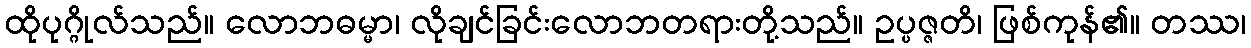
ထိုပုဂ္ဂိုလ်သည်။ လောဘဓမ္မာ၊ လိုချင်ခြင်းလောဘတရားတို့သည်။ ဥပ္ပဇ္ဇတိ၊ ဖြစ်ကုန်၏။ တဿ၊